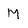
Character: M